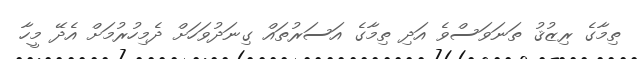
ތިމާގެ ރިޒުޤު ތަނަވަސްވެ އަދި ތިމާގެ އަސަރުތައް ގިނަދުވަހަށް ދެމިހުރުމަށް އެދޭ މީހާ